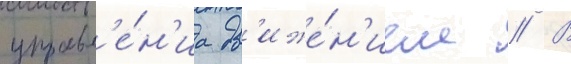
управл'е́н'иа дв'иже́н'ием // В